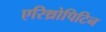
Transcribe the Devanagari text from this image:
एरिथ्रोपिटिन